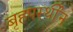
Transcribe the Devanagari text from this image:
बृहपर्स्थीन